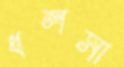
ধলসা